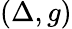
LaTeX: (\Delta,g)